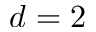
d = 2